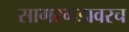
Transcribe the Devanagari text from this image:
सागरगडावरच